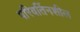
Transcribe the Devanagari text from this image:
परिवर्तिनशील